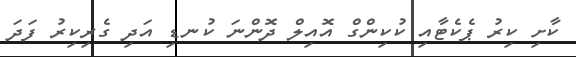
ކާށި ކިރު ޕެކެޓާއި ކުކިންގް އޮއިލް ދޮންނަ ކުނޑި އަދި ގެރިކިރު ފަދަ